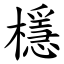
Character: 檼